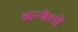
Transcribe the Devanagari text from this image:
अन्जेलो